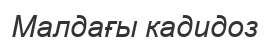
Малдағы кадидоз